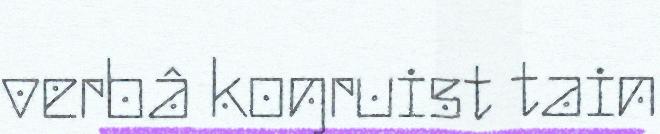
verbâ koŋruist tain